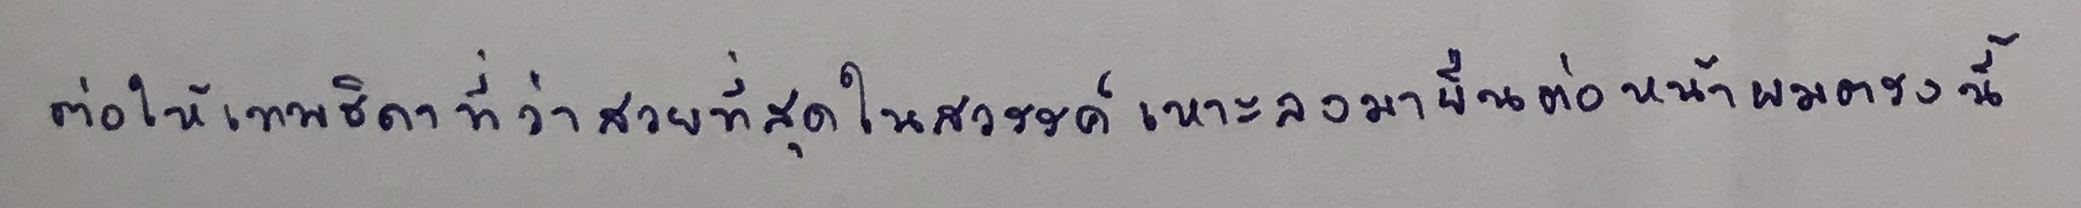
ต่อให้เทพธิดาที่ว่าสวยที่สุดในสวรรค์เหาะลงมายืนต่อหน้าผมตรงนี้